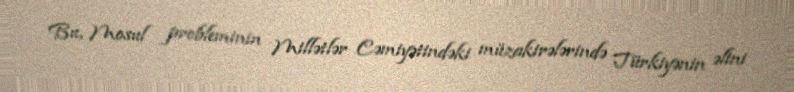
Bu, Mosul probleminin Millətlər Cəmiyətindəki müzakirələrində Türkiyənin əlini